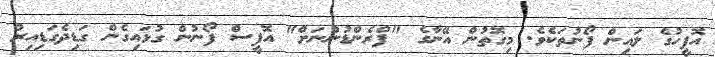
އޮފީހުގެ ލައިން ފޯނުތަކެވެ. މިގޮތުން އޭނާގެ "ފްރެންޑުންނަށް" އޮފީސް ފޯނުން ގުޅައިގެން ގަޑިދެގަޑިއިރު